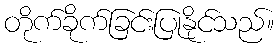
တိုက်ခိုက်ခြင်းပြုနိုင်သည်။